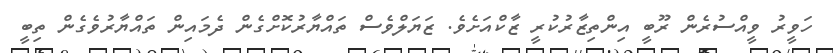
ހަވީރު ވީއްސުރެން ރޫބީ އިންތިޒާރުކުރީ ޒާކްއަށެވެ. ޒަޔަލްވެސް ތައްޔާރުކޮށްގެން ދެމައިން ތައްޔާރުވެގެން ތިބީ